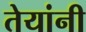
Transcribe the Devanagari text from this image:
तेयांनी